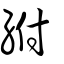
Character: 紨